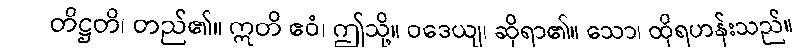
တိဋ္ဌတိ၊ တည်၏။ ဣတိ ဧဝံ၊ ဤသို့။ ဝဒေယျ၊ ဆိုရာ၏။ သော၊ ထိုရဟန်းသည်။